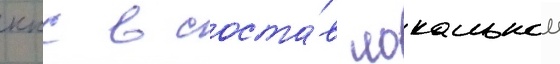
ккс в соста́в локальнои